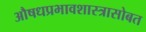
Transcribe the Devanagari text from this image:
औषधप्रभावशास्त्रासोबत